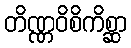
တိဏ္ဏဝိစိကိစ္ဆာ